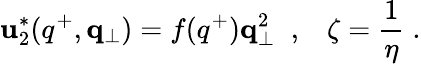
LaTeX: \mathbf{u}_{2}^{*}(q^{+},{\mathbf{q}}_{\perp})=f(q^{+}){\mathbf{q}}_{\perp}^{2}\; \; ,\; \; \; \zeta={\frac{{1}}{{\eta}}}\; .